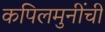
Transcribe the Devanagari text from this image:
कपिलमुनींची